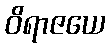
ဝိရာဇယေ